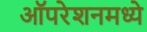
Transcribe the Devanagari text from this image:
ऑपरेशनमध्ये